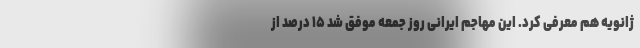
ژانویه هم معرفی کرد. این مهاجم ایرانی روز جمعه موفق شد ۱۵ درصد از